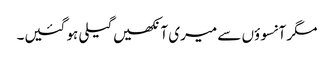
مگر آنسوؤں سے میری آنکھیں گیلی ہو گئیں۔